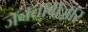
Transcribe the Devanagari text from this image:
जनताबाज़ार